Report on the working of the Ranchi Indian Mental Hospital, Kanke, in Bihar and Orissa - 1930-1940
Year: 1930
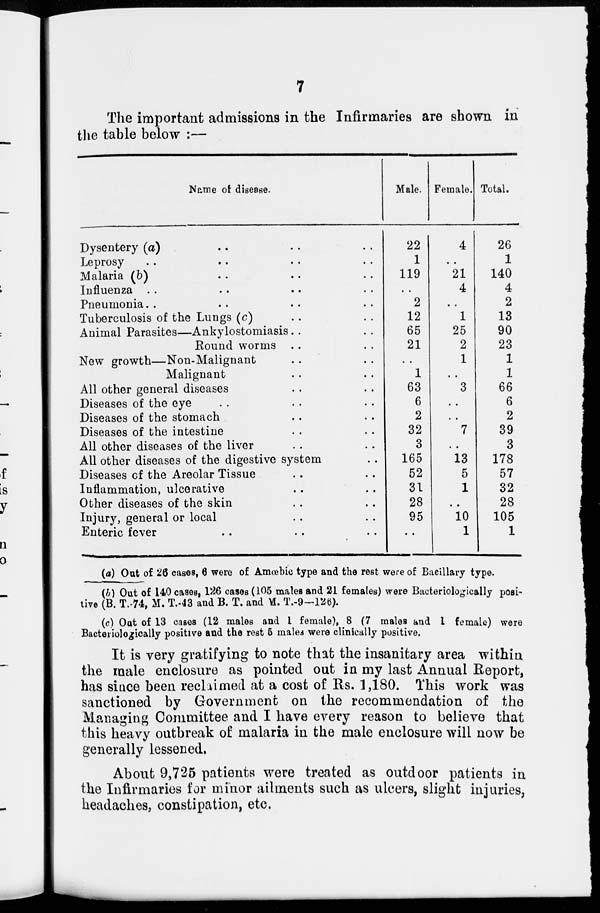
7
The important admissions in the Infirmaries are shown in
the table below :—
Name of: disease.
Dysentery (a) .. .. ..
Leprosy .. .. .. ..
Malaria (b) .. .. ..
Influenza .. .. .. ..
Pneumonia .. .. .. ..
Tuberculosis of the Lungs (c) .. ..
Animal Parasites—Ankylostomiasis .. ..
Round worms .. ..
New growth—Non-Malignant .. ..
Malignant .. ..
All other general diseases .. ..
Diseases of the eye .. .. ..
Diseases of the stomach .. ..
Diseases of the intestine .. ..
All other diseases of the liver .. ..
All other diseases of the digestive system ..
Diseases of the Areolar Tissue .. ..
Inflammation, ulcerative .. ..
Other diseases of the skin .. ..
Injury, general or local .. ..
Enteric fever .. .. ..
Male.
22
1
119
..
2
12
65
21
..
1
63
6
2
32
3
165
52
31
28
95
..
Female.
4
..
21
4
..
1
25
2
1
..
3
..
..
7
..
13
5
1
..
10
1
Total.
26
1
140
4
2
13
90
23
1
1
66
6
2
39
3
178
57
32
28
105
1
(a) Out of 26 cases, 6 were of Amœbic type and the rest were of Bacillary type.
(b) Out of 140 cases, 126 cases (105 males and 21 females) were Bacteriologically posi-
tive (B. T.-74, M. T.-43 and B. T. and VI. T.-9-126).
(c) Out of 13 cases (12 males and 1 female), 8 (7 males and 1 female) were
Bacteriologically positive and the rest 5 males were clinically positive.
It is very gratifying to note that the insanitary area within
the male enclosure as pointed out in my last Annual Report,
has since been reclaimed at a cost of Rs. 1,180. This work was
sanctioned by Government on the recommendation of the
Managing Committee and I have every reason to believe that
this heavy outbreak of malaria in the male enclosure will now be
generally lessened.
About 9,725 patients were treated as outdoor patients in
the Infirmaries for minor ailments such as ulcers, slight injuries,
headaches, constipation, etc.